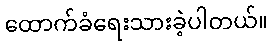
ထောက်ခံရေးသားခဲ့ပါတယ်။